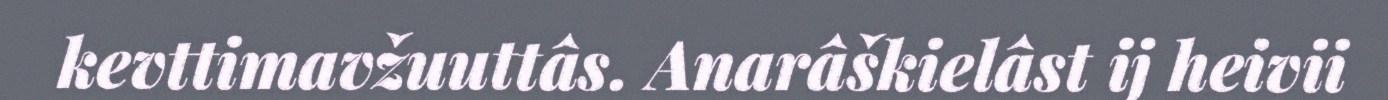
kevttimavžuuttâs. Anarâškielâst ij heivii